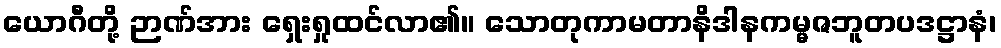
ယောဂီတို့ ဉာဏ်အား ရှေးရှုထင်လာ၏။ သောတုကာမတာနိဒါနကမ္မဇဘူတပဒဋ္ဌာနံ၊